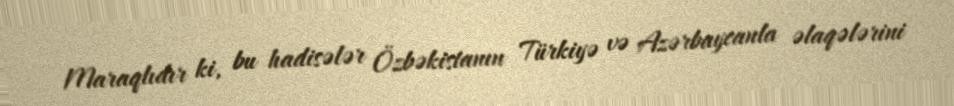
Maraqlıdır ki, bu hadisələr Özbəkistanın Türkiyə və Azərbaycanla əlaqələrini